Scientific memoirs by medical officers of the Army of India - Part X,
Year: 1897
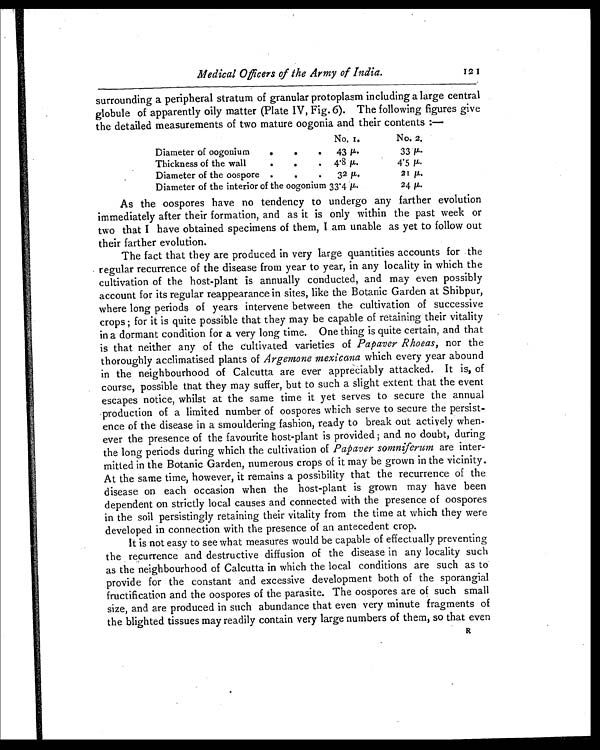
Medical Officers of the Army of India.
121
surrounding a peripheral stratum of granular protoplasm including a large central
globule of apparently oily matter (Plate IV, Fig. 6). The following figures give
the detailed measurements of two mature oogonia and their contents :—
No. 1.
No. 2.
Diameter of oogonium
.
.
. 4 3 μ .
33 μ .
Thickness of the wall.
• 4·8 μ .
4·5 μ .
Diameter of the oospore .
.
. 32 μ .
21 μ .
Diameter of the interior of the oogonium 33·4 μ .
24 μ .
As the oospores have no tendency to undergo any farther evolution
immediately after their formation, and as it is only within the past week or
two that I have obtained specimens of them, I am unable as yet to follow out
their farther evolution.
The fact that they are produced in very large quantities accounts for the
regular recurrence of the disease from year to year, in any locality in which the
cultivation of the host-plant is annually conducted, and may even possibly
account for its regular reappearance in sites, like the Botanic Garden at Shibpur,
where long periods of years intervene between the cultivation of successive
crops ; for it is quite possible that they may be capable of retaining their vitality
in a dormant condition for a very long time. One thing is quite certain, and that
is that neither any of the cultivated varieties of Papaver Rhoeas, nor the
thoroughly acclimatised plants of Argemone mexicana which every year abound
in the neighbourhood of Calcutta are ever appreciably attacked. It is, of
course, possible that they may suffer, but to such a slight extent that the event
escapes notice, whilst at the same time it yet serves to secure the annual
production of a limited number of oospores which serve to secure the persist
-ence of the disease in a smouldering fashion, ready to break out actively when-
ever the presence of the favourite host-plant is provided ; and no doubt, during
the long periods during which the cultivation of Papaver somniferumare inter-
mitted in the Botanic Garden, numerous crops of it may be grown in the vicinity.
At the same time, however, it remains a possibility that the recurrence of the
disease on each occasion when the host-plant is grown may have been
dependent on strictly local causes and connected with the presence of oospores
in the soil persistingly retaining their vitality from the time at which they were
developed in connection with the presence of an antecedent crop.
It is not easy to see what measures would be capable of effectually preventing
the recurrence and destructive diffusion of the disease in any locality such
as the neighbourhood of Calcutta in which the local conditions are such as to
provide for the constant and excessive development both of the sporangial
fructification and the oospores of the parasite. The oospores are of such small
size, and are produced in such abundance that even very minute fragments of
the blighted tissues may readily contain very large numbers of them, so that even
R